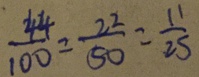
\frac { 4 4 } { 1 0 0 } = \frac { 2 2 } { 5 0 } = \frac { 1 1 } { 2 5 }